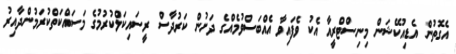
އެގޮތުން އެޑިއުކޭޝަން މިނިސްޓްރީއާ އެކު ވެފައިވާ އެއްބަސްވުމެއްގެ ދަށުން ކަރުދާސް ރީސައިކަލްކުރުމުގެ މަސައްކަތްކުރަމުންދާއިރު